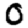
Digit: 0